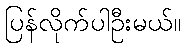
ပြန်လိုက်ပါဦးမယ်။